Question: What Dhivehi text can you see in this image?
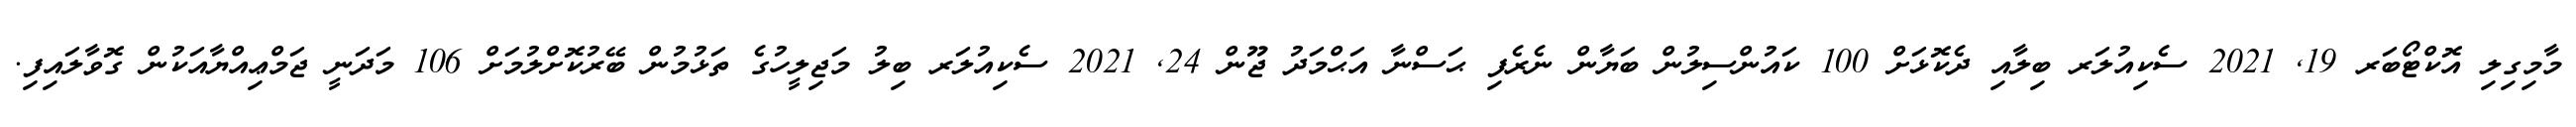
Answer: މާމިގިލި އޮކްޓޯބަރ 19, 2021 ސެކިއުލަރ ބިލާއި ދެކޮޅަށް 100 ކައުންސިލުން ބަޔާން ނެރެފި ޙަސްނާ އަޙްމަދު ޖޫން 24, 2021 ސެކިއުލަރ ބިލު މަޖިލީހުގެ ތަޅުމުން ބޭރުކޮށްލުމަށް 106 މަދަނީ ޖަމްޢިއްޔާއަކުން ގޮވާލައިފި.